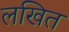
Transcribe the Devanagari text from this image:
लखित